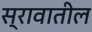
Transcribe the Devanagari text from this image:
स्रावातील